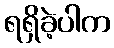
ရရှိခဲ့ပါက